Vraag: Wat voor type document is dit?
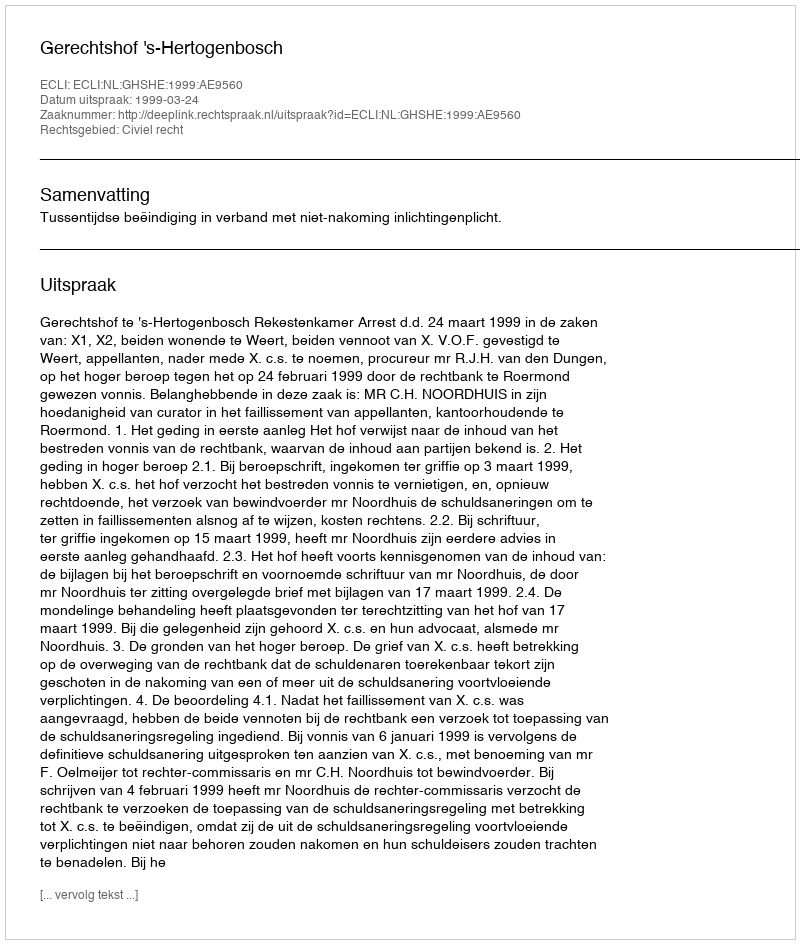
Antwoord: Uitspraak